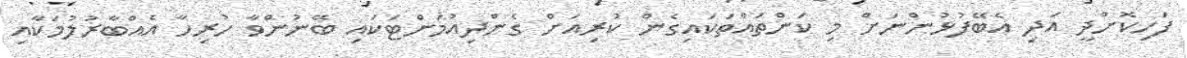
ފަހިކޮށްދީ އަދި އެބޭފުޅުންނަށް މި ކަންތައްތަކައިގެން ކުރިއަށް ގެންދިއުމަށްޓަކައި ބޭނުންވާ ހުރިހާ އެއްބާރުލުމަކާއި